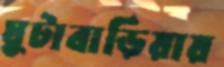
ঘুটাবাড়িয়ায়